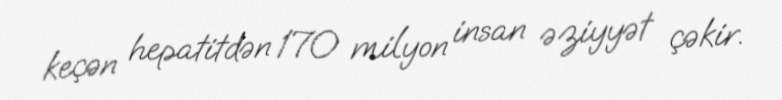
keçən hepatitdən 170 milyon insan əziyyət çəkir.